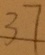
3 7